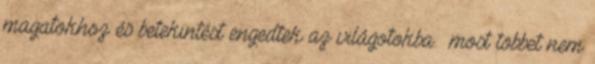
magatokhoz és betekintést engedtek az világotokba. most többet nem